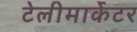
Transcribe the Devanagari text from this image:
टेलीमार्केटर